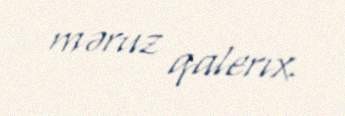
məruz qalerıx.